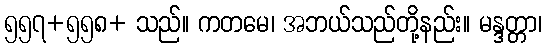
၅၅၇+၅၅၈+ သည်။ ကတမေ၊ အဘယ်သည်တို့နည်း။ မန္ဒတ္တာ၊